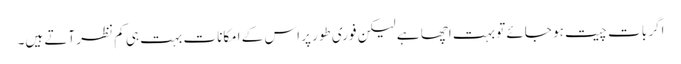
اگر بات چیت ہو جائے تو بہت اچھا ہے لیکن فوری طور پر اس کے امکانات بہت ہی کم نظر آتے ہیں۔